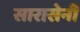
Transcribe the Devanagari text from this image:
सारासेनी